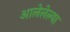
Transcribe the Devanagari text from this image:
आलेलेल्या